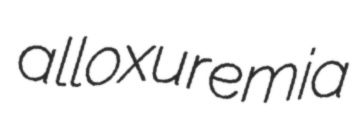
alloxuremia